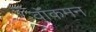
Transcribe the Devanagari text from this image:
वॉकमन